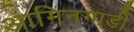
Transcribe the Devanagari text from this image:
आगिनगाडी